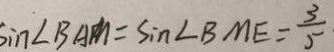
\sin \angle B A M = \sin \angle B M E = \frac { 3 } { 5 }